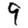
Digit: 9